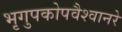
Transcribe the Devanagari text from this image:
भृगुपकोपवैश्वानरे